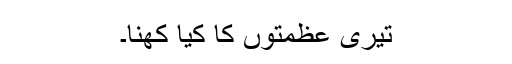
تیری عظمتوں کا کیا کھنا۔